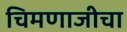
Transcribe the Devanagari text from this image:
चिमणाजीचा